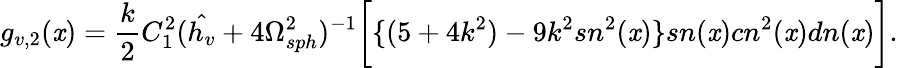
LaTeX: g_{v,2}(\mathit{x})=\frac{{k}}{{2}}C_{1}^{2}({\hat{{h_{v}}}}+4\Omega_{sph}^{2})^{-1}\bigg[\{ (5+4k^{2})-9k^{2}sn^{2}(\mathit{x})\} sn(\mathit{x})cn^{2}(\mathit{x})dn(\mathit{x})\bigg].